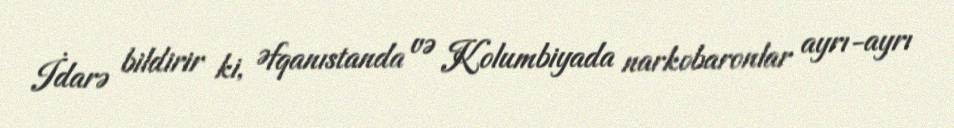
İdarə bildirir ki, Əfqanıstanda və Kolumbiyada narkobaronlar ayrı-ayrı